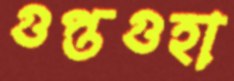
গুপ্তগুহা